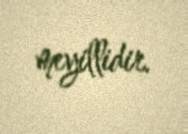
meyillidir.